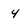
Character: 4